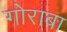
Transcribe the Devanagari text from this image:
गोराबा